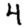
Digit: 4